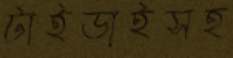
টাইডাইসহ